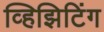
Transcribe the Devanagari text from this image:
व्हिझिटिंग